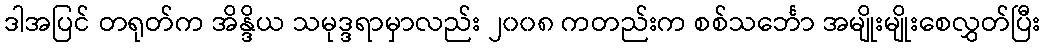
ဒါအပြင် တရုတ်က အိန္ဒိယ သမုဒ္ဒရာမှာလည်း ၂၀၀၈ ကတည်းက စစ်သင်္ဘော အမျိုးမျိုးစေလွှတ်ပြီး